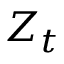
Z _ { t }